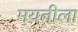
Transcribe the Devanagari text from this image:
मयतीला